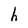
Character: h